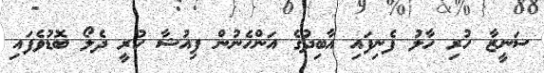
ސަނީޒާ ހުރި ހާލު ފެނިފައި އާބިދުގެ އަންހެނުން ފިއުޝާ ހުރީ ދެލޯ ބޮޑުވެފައި